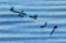
أرميه